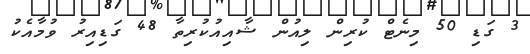
3 ގަޑި 50 މިނެޓް ކުރިން ލިއުން ޝާއިއުކުރިތާ 48 ގަޑިއިރު ވުމާއެކު